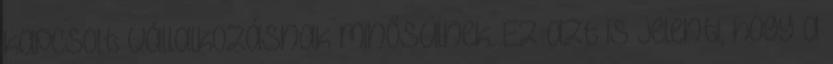
kapcsolt vállalkozásnak minősülnek. Ez azt is jelenti, hogy a